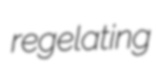
regelating